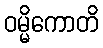
ဝမ္မိကောတိ